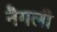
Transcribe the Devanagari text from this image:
नैगली